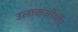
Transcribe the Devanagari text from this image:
उलाकजीमीर